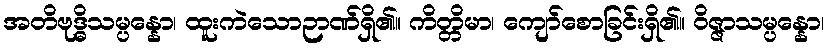
အတိဗုဒ္ဓိသမ္ပန္နော၊ ထူးကဲသောဉာဏ်ရှိ၏။ ကိတ္တိမာ၊ ကျော်စောခြင်းရှိ၏။ ဝိဇ္ဇာသမ္ပန္နော၊